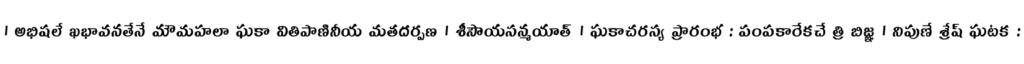
। అభిషలే ఖభావనతేనే మౌమహలా ఘకా వితిపాణినీయ మతదర్పణ । శీసౌయసన్మయాత్ । ఘకాచరస్య ప్రారంభ : పంపకారేకచే త్రి బిజ్ఞ । నిపుణే శ్రేష్ ఘటక :